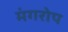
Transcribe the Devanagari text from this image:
मंगरोप